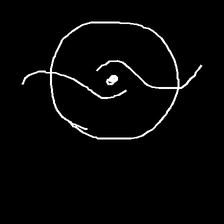
Glyph: repetition